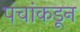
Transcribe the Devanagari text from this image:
पंचांकडून